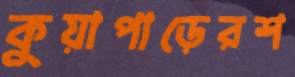
কুয়াপাড়েরশ